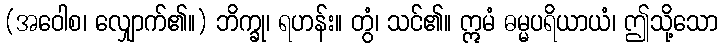
(အဝေါစ၊ လျှောက်၏။) ဘိက္ခု၊ ရဟန်း။ တွံ၊ သင်၏။ ဣမံ ဓမ္မပရိယာယံ၊ ဤသို့သော